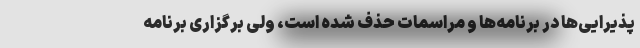
پذیرایی‌ها در برنامه‌ها و مراسمات حذف شده است، ولی برگزاری برنامه